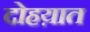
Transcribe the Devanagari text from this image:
दोहय़ात